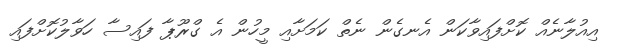
އިއުލާނެއް ކޮށްފައިވާކަން އެނގެން ނެތް ކަމަށާއި މީހުން އެ ގްރޫޕާ ފައިސާ ހަވާލުކޮށްފައި